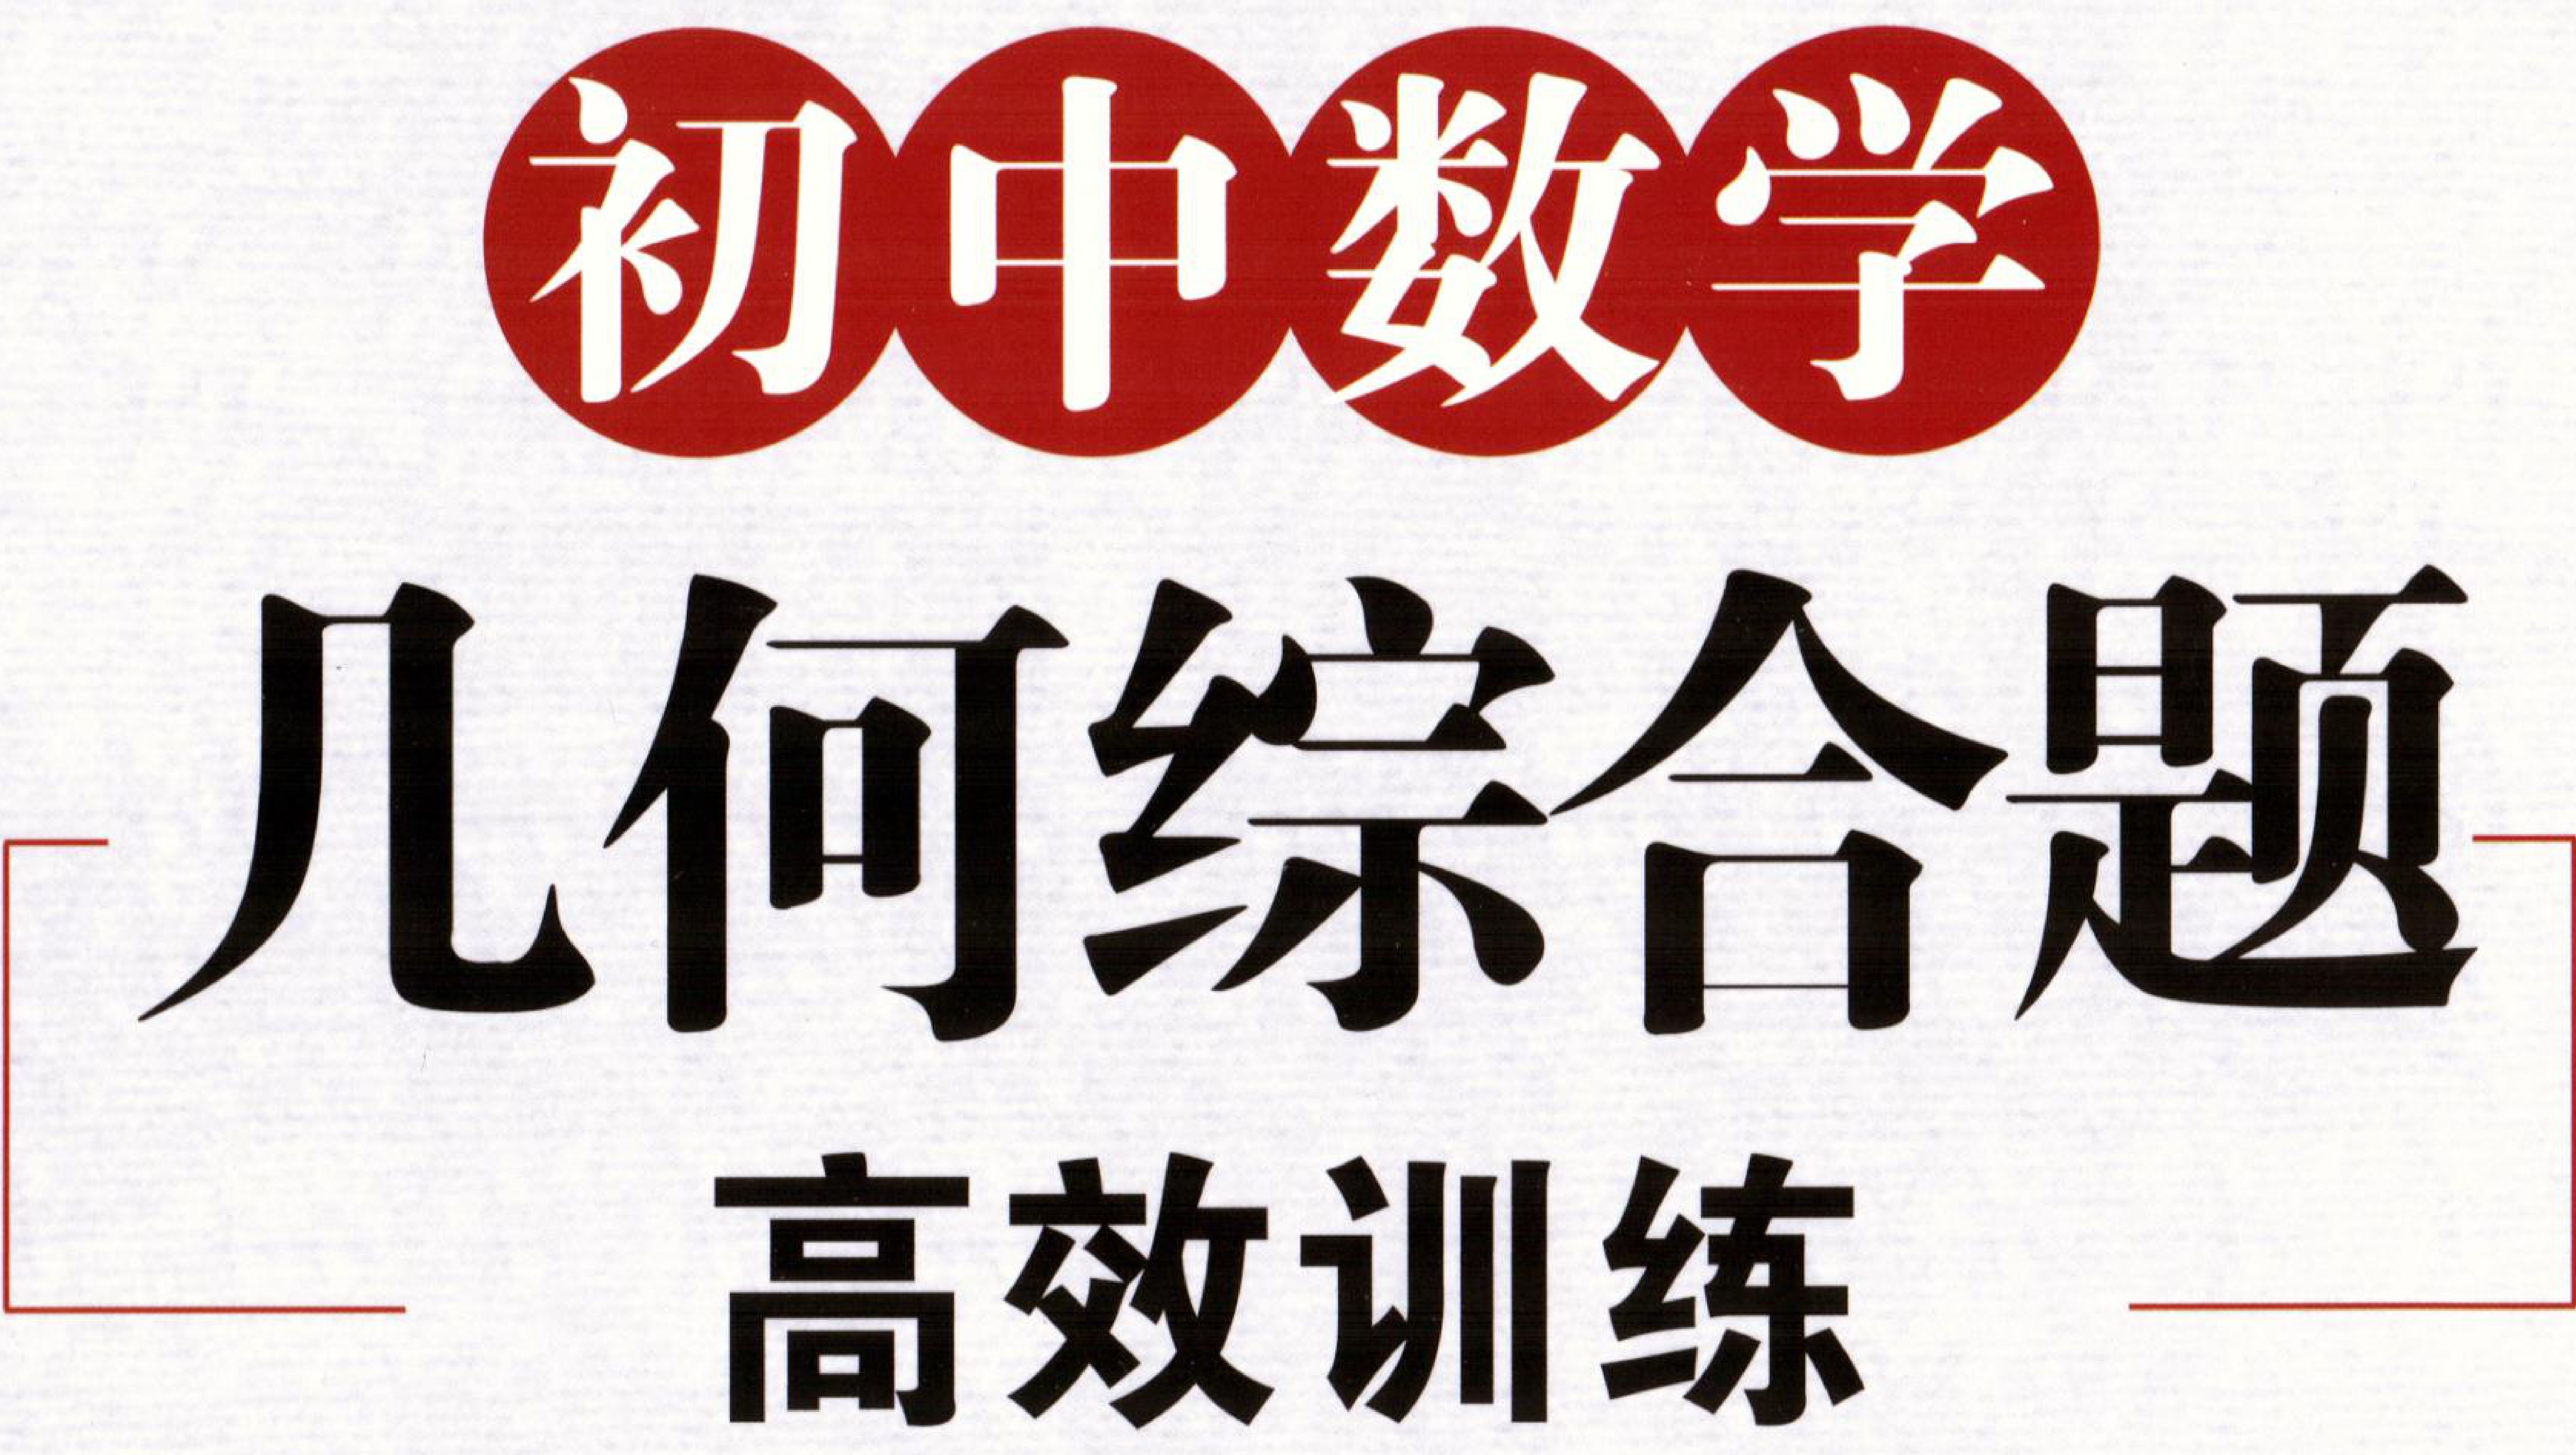
\begin{center}
\Large\textbf{初中数学}\\
\huge\textbf{几何综合题}\\
\Large\textbf{高效训练}
\end{center}